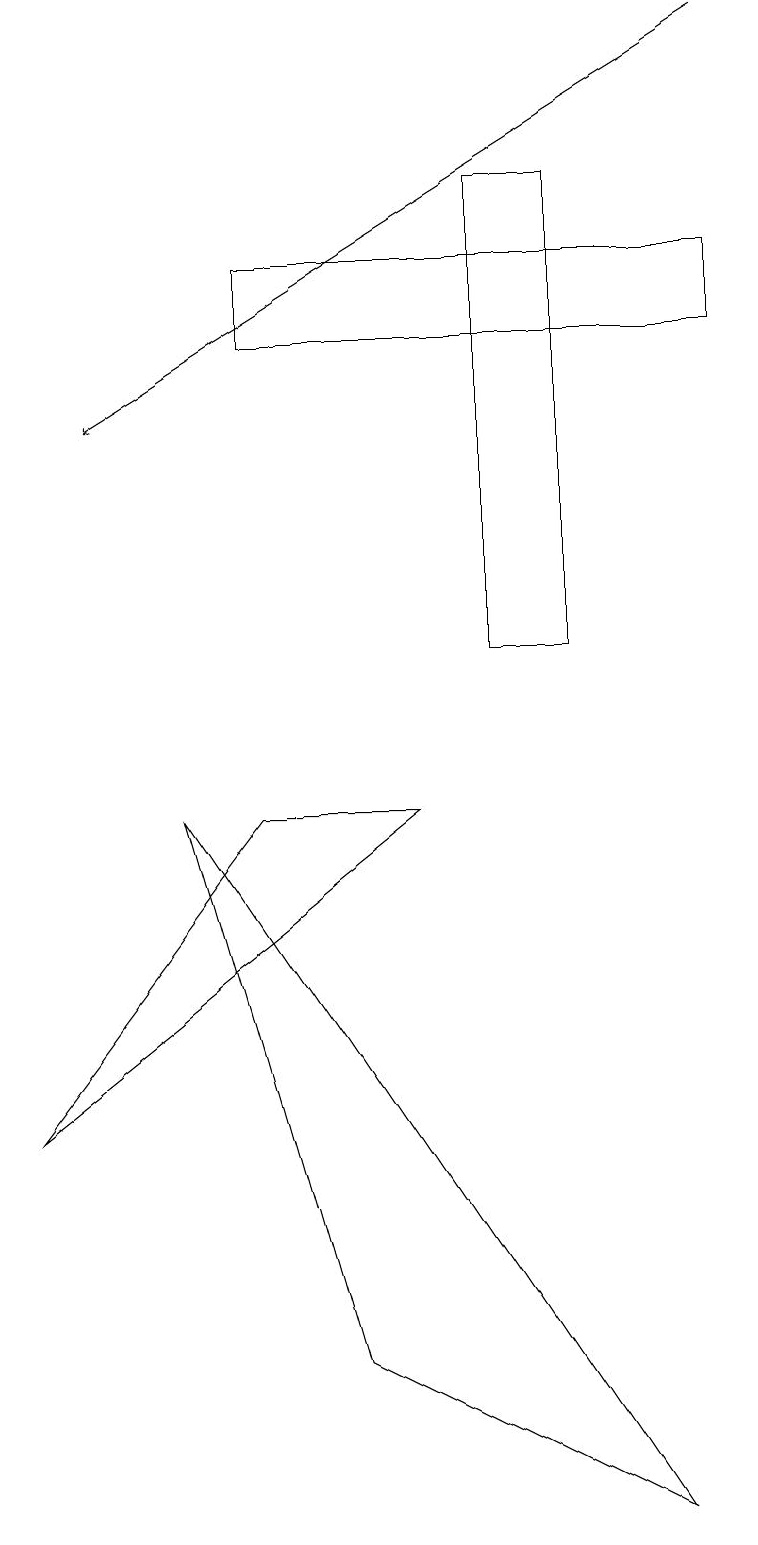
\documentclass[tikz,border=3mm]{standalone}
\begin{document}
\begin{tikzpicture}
\draw (7,11) rectangle (6,17);
\draw (9,16) rectangle (3,15);
\draw (5,9) -- (3,9) -- (0,5) -- cycle;
\draw[->] (9,19) -- (1,14);
\draw (4,2) -- (8,0) -- (2,9) -- cycle;
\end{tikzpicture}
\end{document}